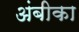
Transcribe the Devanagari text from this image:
अंबीका